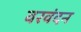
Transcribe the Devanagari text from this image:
वरवंदन